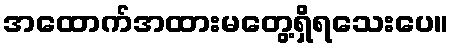
အထောက်အထားမတွေ့ရှိရသေးပေ။